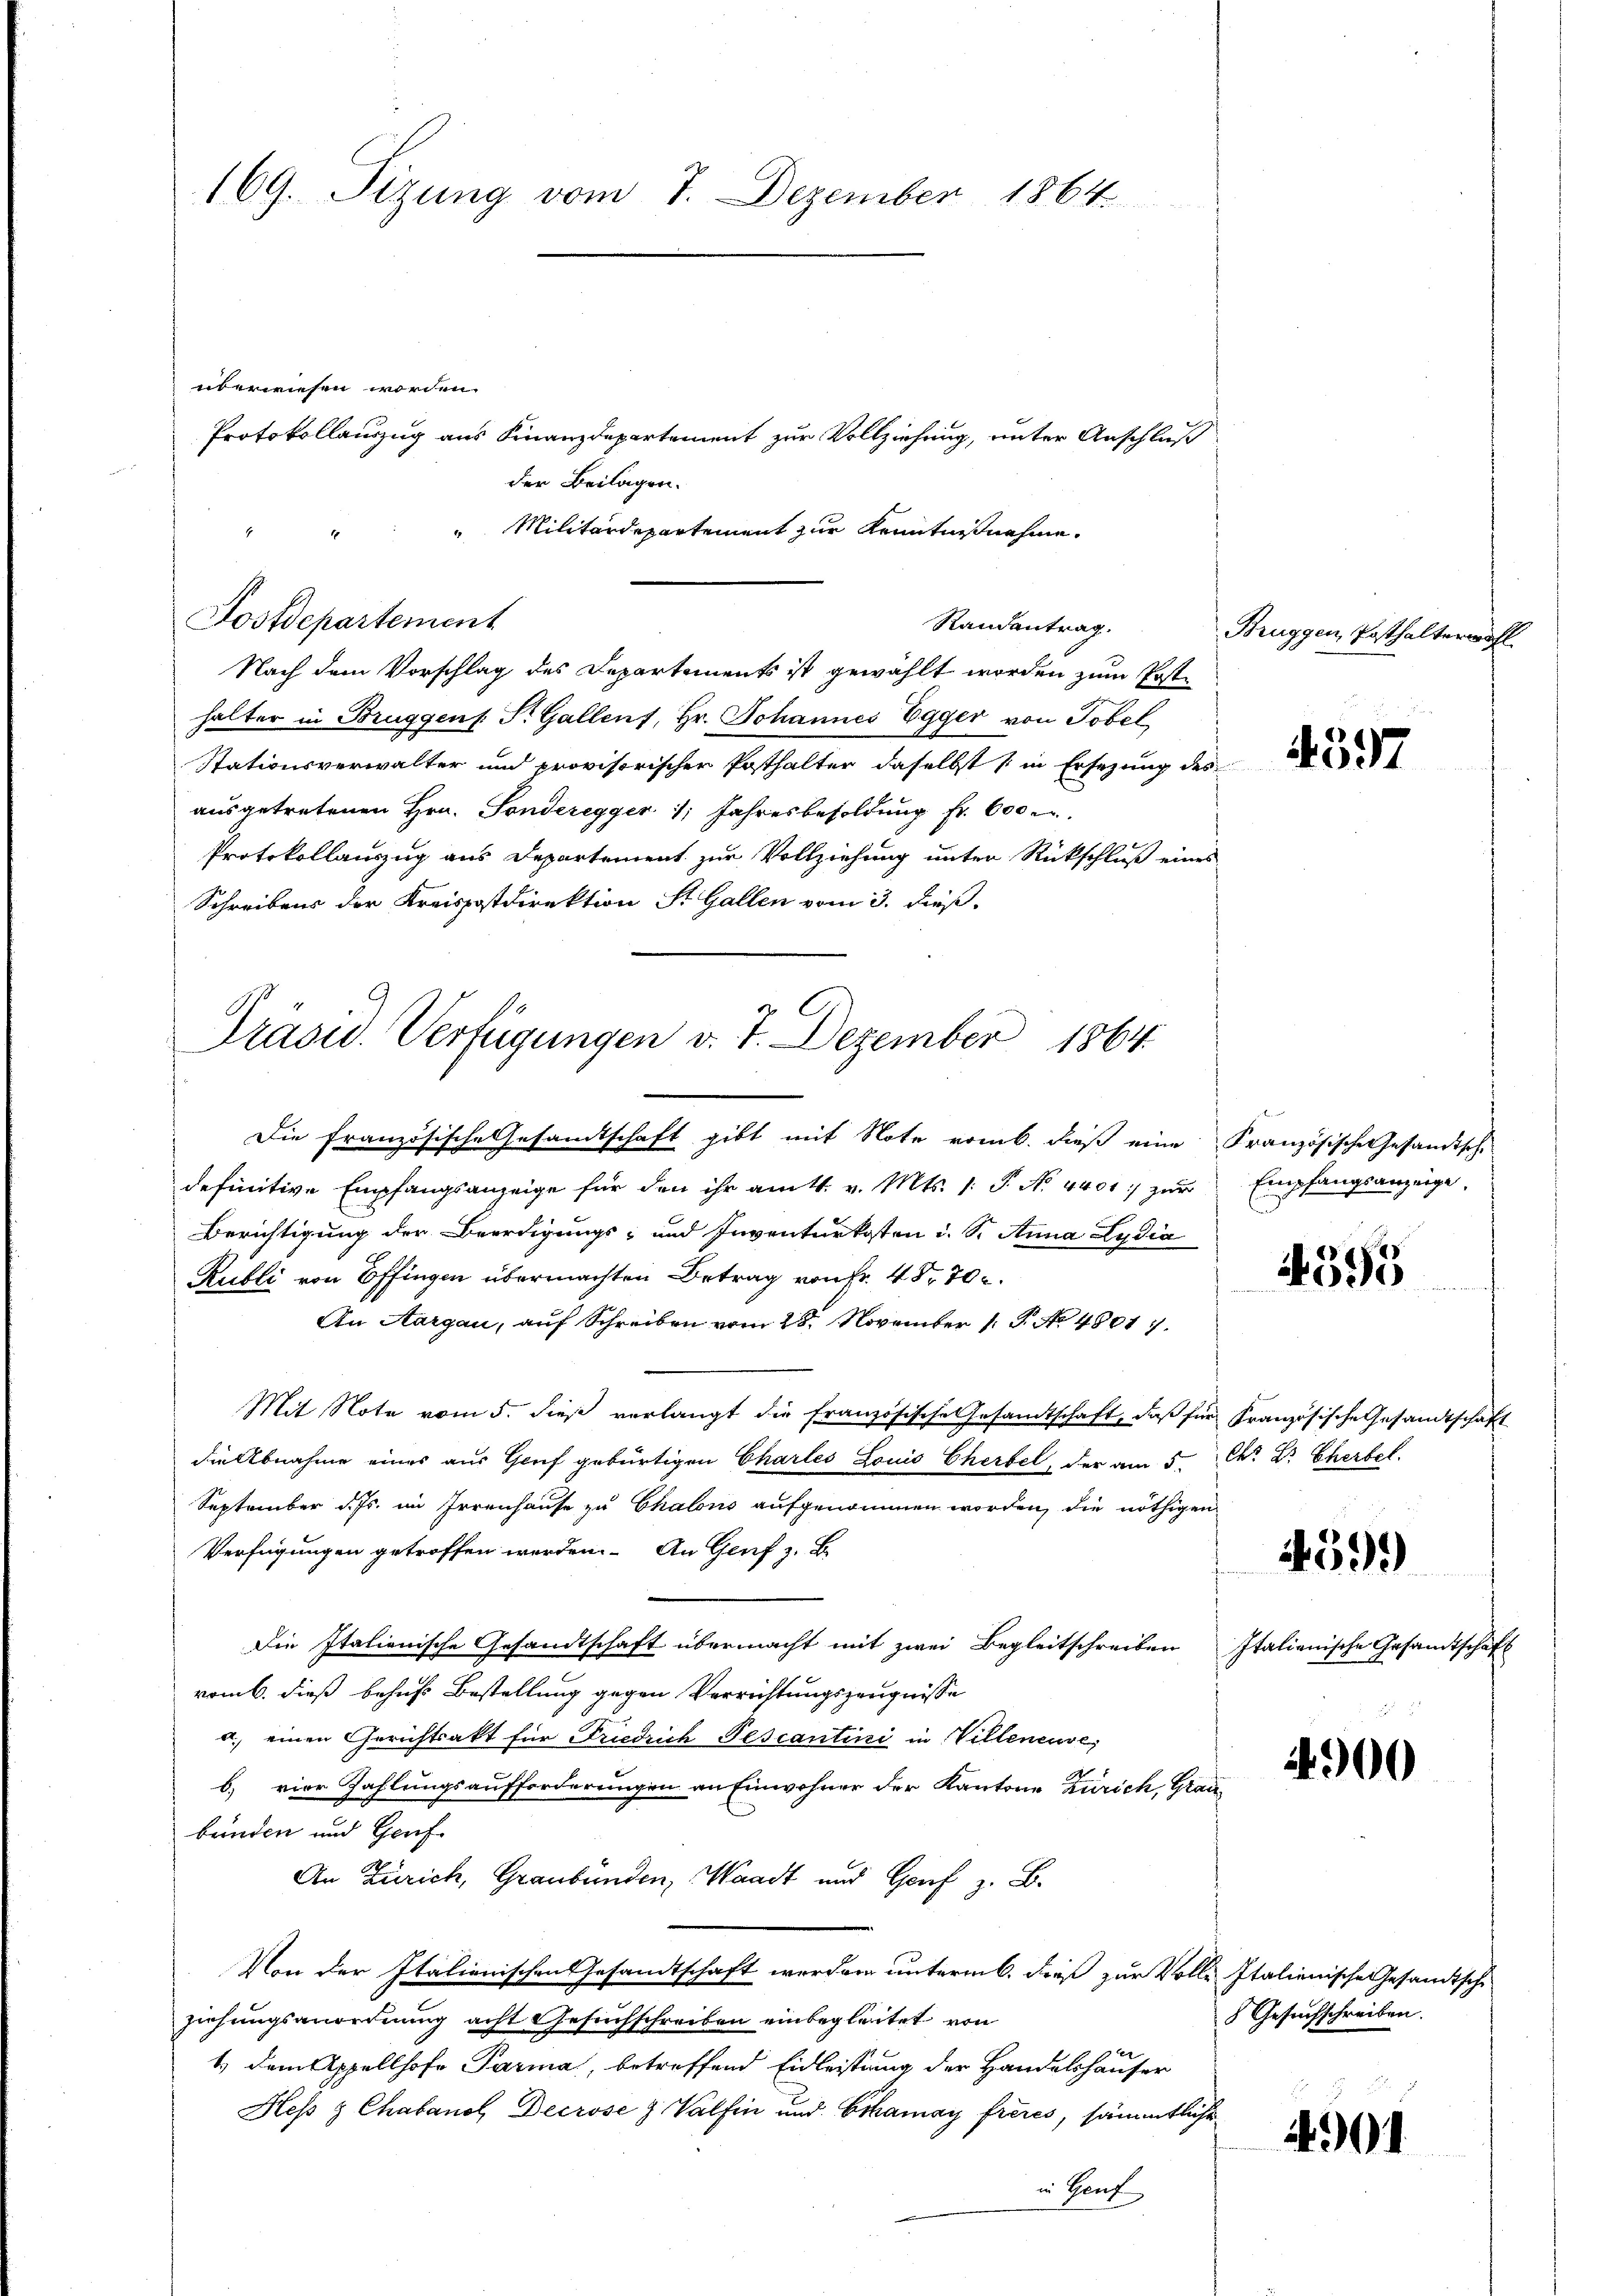
169. Sizung vom 7. Dezember 1864.

überwiesen worden.
Protokollauszug aus Finanzdepartement zur Vollziehung, unter Anschluß
der Beilagen.
Postdepartement
Nach dem Vorschlag des Departements ist gewählt worden zum Posthalter in Bruggens. S. Gallens, Hr. Johannes Egger von Tobel
Stationsverwalter und provisorischer Posthalter daselbst (in Ersezung des
ausgetretenen Hrn. Sonderegger 1 Jahresbesoldung Fr. 600 u.
Protokollauszug aus Departement zur Vollziehung unter Rückschluß eines
Schreibens der Kreispostdirektion St. Gallen vom 3. dieß.

Militärdepartement zur Kenntnißnahme.
Randantrag.

Präsid. Verfügungen v. 7. Dezember 1864

Die Französische Gesandtschaft gibt mit Note romb. dieß eine Französische Gesandtsche
definitive Empfangsanzeige für den ihr am 11. v. Mts. 1. P. N. 4401:/ zur Empfangsanzeige,
Berichtigung der Beerdigungs- und Inventurkosten d. S. Anna Lydia
Rubli von Effingen übermachten Betrag von Fr. 48. 70.
An Aargau, auf Schreiben vom 28. November 1 P. No 4801.
Mit Note vom 5. dieß verlangt die französische Gesandtschaft, daß für Französische Gesandtschaft
die Abnahme eines aus Gruf gebürtigen Chartes Louis Cherbel, der am 5. Chr. Dr. Chartel.
September d. Js. im Irrenhause zu Chalons aufgenommen worden, die nöthigen
Verfügungen getroffen werden. An Genf z. B.
Die Italienische Gesandtschaft übermacht mit zwei Begleitschreiben Italienische Gesandtschäft
vom 6. dieß behufs Bestellung gegen Verrichtungszeugnisse
a. einen Gerichtsakt für Friedrich Pescantini in Villeneuve,
b) vier Zahlungsaufforderungen an Einwohner der Kantone Zürich, Grau
benden und Genf
An Zürich, Graubünden, Waadt und Genf z. B.
Von der Italienischen Gesandtschaft werden unterm 6. dies zur Volle Italienische Gesandtsche
ziehungsanordnung acht Gesuchschreiben einbegleitet von
e
1.) Dem Appellhofe Parma, betreffend Eidleistung der Handelshäuser
Heß & Chabanos Decrose & Valfen und Cohamay frères, sämmtliche
in Genf

Bruggen, Posthalterwähl

4597

4593

4399

4900

Gesuchschreiben.

4901